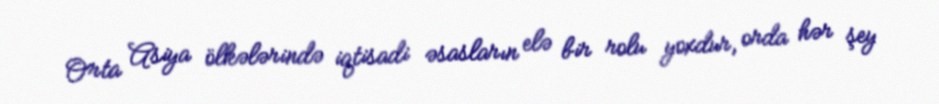
Orta Asiya ölkələrində iqtisadi əsasların elə bir rolu yoxdur, orda hər şey